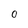
Character: O